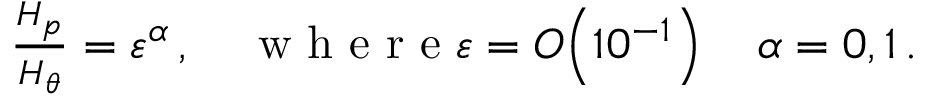
\begin{array} { r } { \frac { H _ { p } } { H _ { \theta } } = { \varepsilon } ^ { \alpha } \, , \quad \mathrm { ~ w ~ h ~ e ~ r ~ e ~ } { \varepsilon } = { O } \! \left( 1 0 ^ { - 1 } \right) \quad \alpha = 0 , 1 \, . } \end{array}